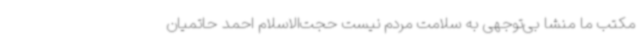
مکتب ما منشا بی‌توجهی به سلامت مردم نیست حجت‌الاسلام احمد حاتمیان